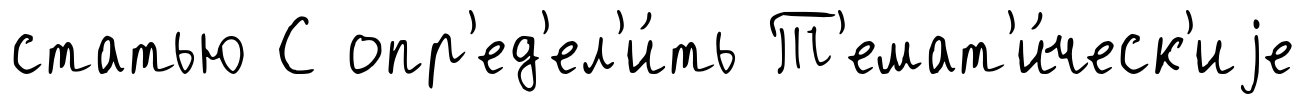
статью С опр'ед'ел'и́ть Т'емат'и́ческ'иjе